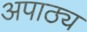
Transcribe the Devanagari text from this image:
अपाठ्य